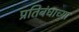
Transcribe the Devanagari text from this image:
प्रतिबंधाच्या